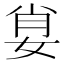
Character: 𡜽